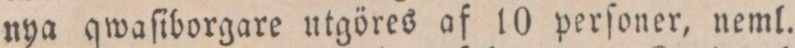
nya qwaſiborgare utgöres af 10 perſoner, neml.